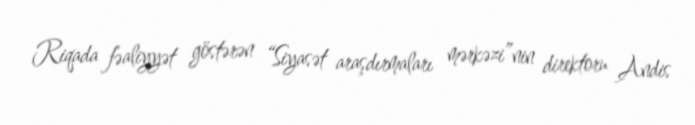
Riqada fəaliyyət göstərən “Siyasət araşdırmaları mərkəzi”nin direktoru Andis